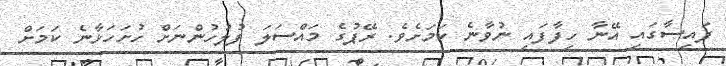
ފައިސާގައި އޭނާ ހިފާފައި ނުވާނެ ކަމަށެވެ. ރޭޕުގެ މައްސަލަ ފުލުހުންނަށް ހުށަހަޅާނެ ކަމަށް